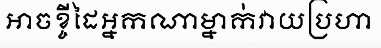
អាចខ្ចីដៃអ្នកណាម្នាក់វាយប្រហា